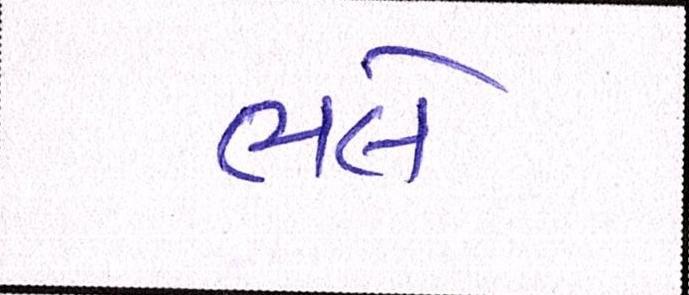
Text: ભલે